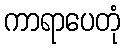
ကာရာပေတုံ